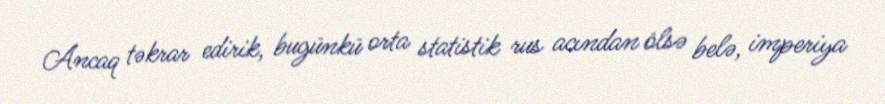
Ancaq təkrar edirik, bugünkü orta statistik rus acından ölsə belə, imperiya